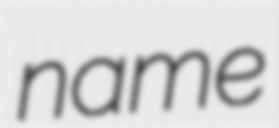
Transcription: name